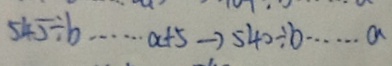
5 4 5 \div b \cdots a + 5 \rightarrow 5 4 0 \div b \cdots a